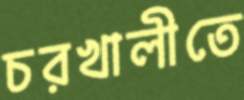
চরখালীতে